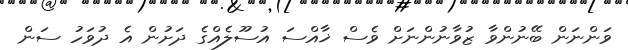
ވަންނަން ބޭނުންވާ ޒުވާނުންނަށް ވެސް ޚާއްސަ އުސޫލެއްގެ ދަށުން އެ ދުވަހު ސަން